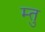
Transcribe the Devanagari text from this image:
म्तु